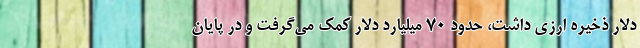
دلار ذخیره ارزی داشت، حدود ۷۰ میلیارد دلار کمک می‌گرفت و در پایان